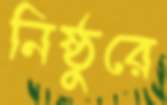
নিষ্ঠুরে